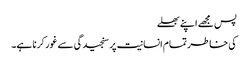
پس مجھے اپنے بھلے
کی خاطر تمام انسانیت پر سنجیدگی سے غور کرنا ہے۔